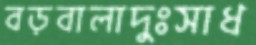
বড়বালাদুঃসাধ